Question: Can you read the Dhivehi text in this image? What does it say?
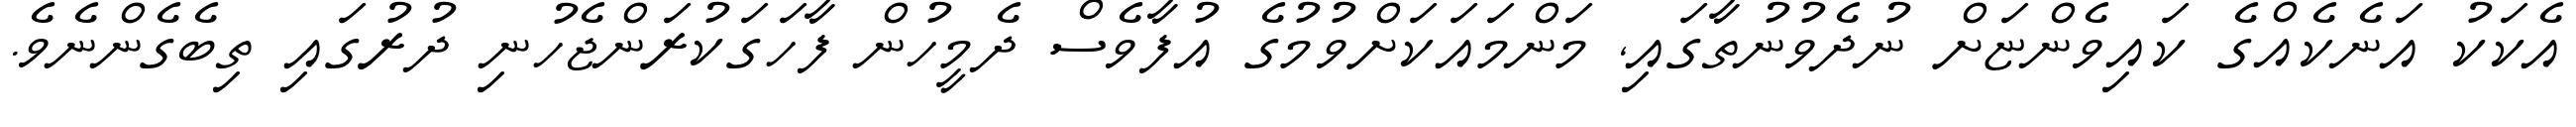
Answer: އެކަކު އަނެކެއްގެ ކައިވެންޏަށް ނުދެވުނުތާގައި, މަންމައަކަށްވުމުގެ އުފާވެސް ދެމީހުން ފާހަގަކުރަންޖެހުނި ދުރުގައި ތިބެގެންނެވެ.